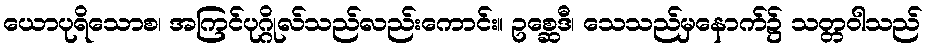
ယောပုရိသောစ၊ အကြင်ပုဂ္ဂိုလ်သည်လည်းကောင်း။ ဥစ္ဆေဒီ၊ သေသည်မှနောက်၌ သတ္တဝါသည်